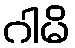
ဂါမိ